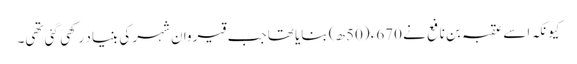
کیونکہ اسے عقبہ بن نافع نے 670ء (50ھ) بنایا تھا جب قیروان شہر کی بنیاد رکھی گئی تھی۔